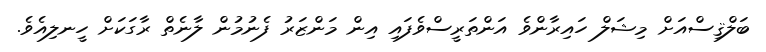
ބަލްޤިސްއަށް މިޝަލް ހައިރާންވެ އަންތަރީސްވެފައި އިން މަންޒަރު ފެނުމުން ލާނެތް ރާގަކަށް ހީނލިއެވެ.